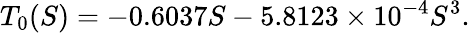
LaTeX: T_{0}(S)=-0.6037S-5.8123\times 10^{-4}S^{3}.